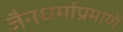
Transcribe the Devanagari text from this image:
जैनधर्माप्रमाणें